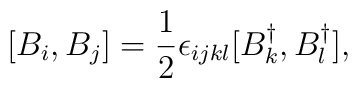
[B_i,B_j]=\frac{1}{2}\epsilon_{ijkl}[B^\dagger_k,B^\dagger_l],